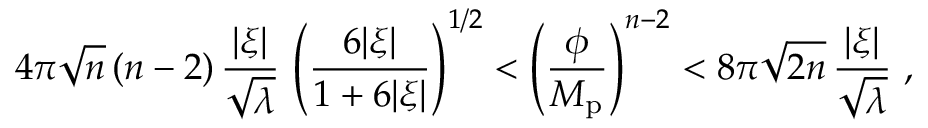
4 \pi \sqrt n \, ( n - 2 ) \, { \frac { | \xi | } { \sqrt \lambda } } \, \left( { \frac { 6 | \xi | } { 1 + 6 | \xi | } } \right) ^ { 1 / 2 } < \left( { \frac { \phi } { M _ { \mathrm { p } } } } \right) ^ { n - 2 } < 8 \pi \sqrt { 2 n } \, { \frac { | \xi | } { \sqrt \lambda } } \ ,